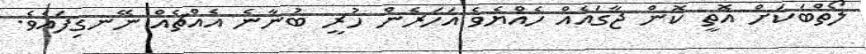
ލޯތްބަކަށް އޮތީ ކޮން ޖާގައެއް ހެއްޔެވެ އަހަރެން ހުރީ ބުނާނެ އެއްޗެއް ނޭނގިފައެވެ.